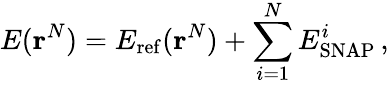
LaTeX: E(\mathbf{r}^{N})=E_{\mathrm{ref}}(\mathbf{r}^{N})+\sum_{i=1}^{N}E_{\mathrm{SNAP}}^{i}\, ,